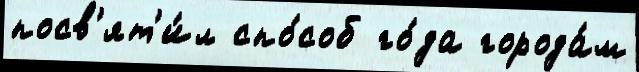
посв'ят'и́л спо́соб го́да города́м